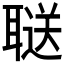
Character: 𬚥